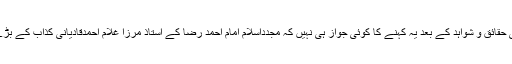
ان تمام تاریخی حقائق و شواہد کے بعد یہ کہنے کا کوئی جواز ہی نہیں کہ مجدداسلام امام احمد رضا کے استاذ مرزا غلام احمدقادیانی کذاب کے بڑے بھائی تھے۔